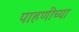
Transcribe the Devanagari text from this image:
पाहणीच्या